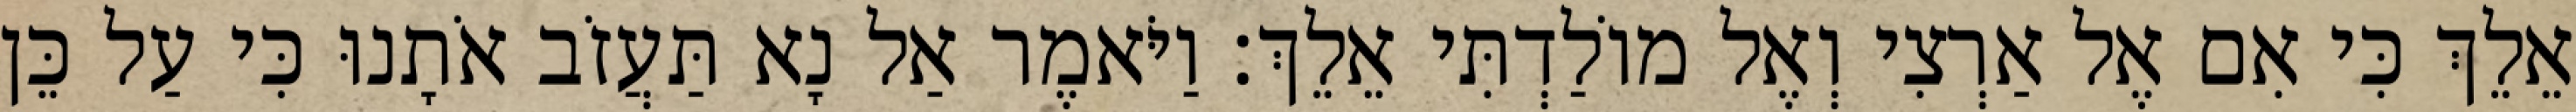
אֵלֵךְ כִּי אִם אֶל אַרְצִי וְאֶל מוֹלַדְתִּי אֵלֵךְ׃ וַיֹּאמֶר אַל נָא תַּעֲזֹב אֹתָנוּ כִּי עַל כֵּן